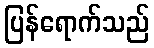
ပြန်ရောက်သည်